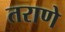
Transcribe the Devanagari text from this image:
तराणे